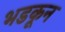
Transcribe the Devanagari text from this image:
भडकून